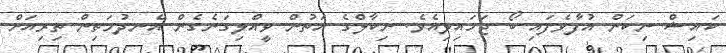
ކައިޝް ނިކަން އުފާވެފައި ބޯ ޖަހައިލިއެވެ. ނިކާލްގެ އަތުން ވީއްލިގަނެގެން އެނދުމަތިން ތިރިއަށް